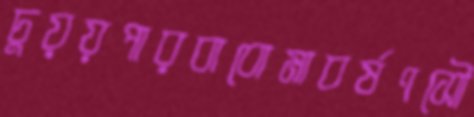
চুয়য়পারবাবোমাবর্ষণসৌ